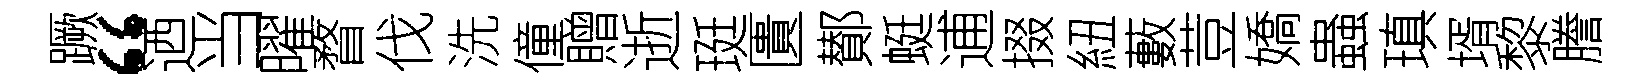
蹶“迺当曜瞀伐洗僮贈逝珽匱鄼蜓逋掇紐藪荳嬌蟲瑱壻黎謄